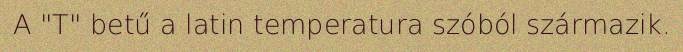
A "T" betű a latin temperatura szóból származik.